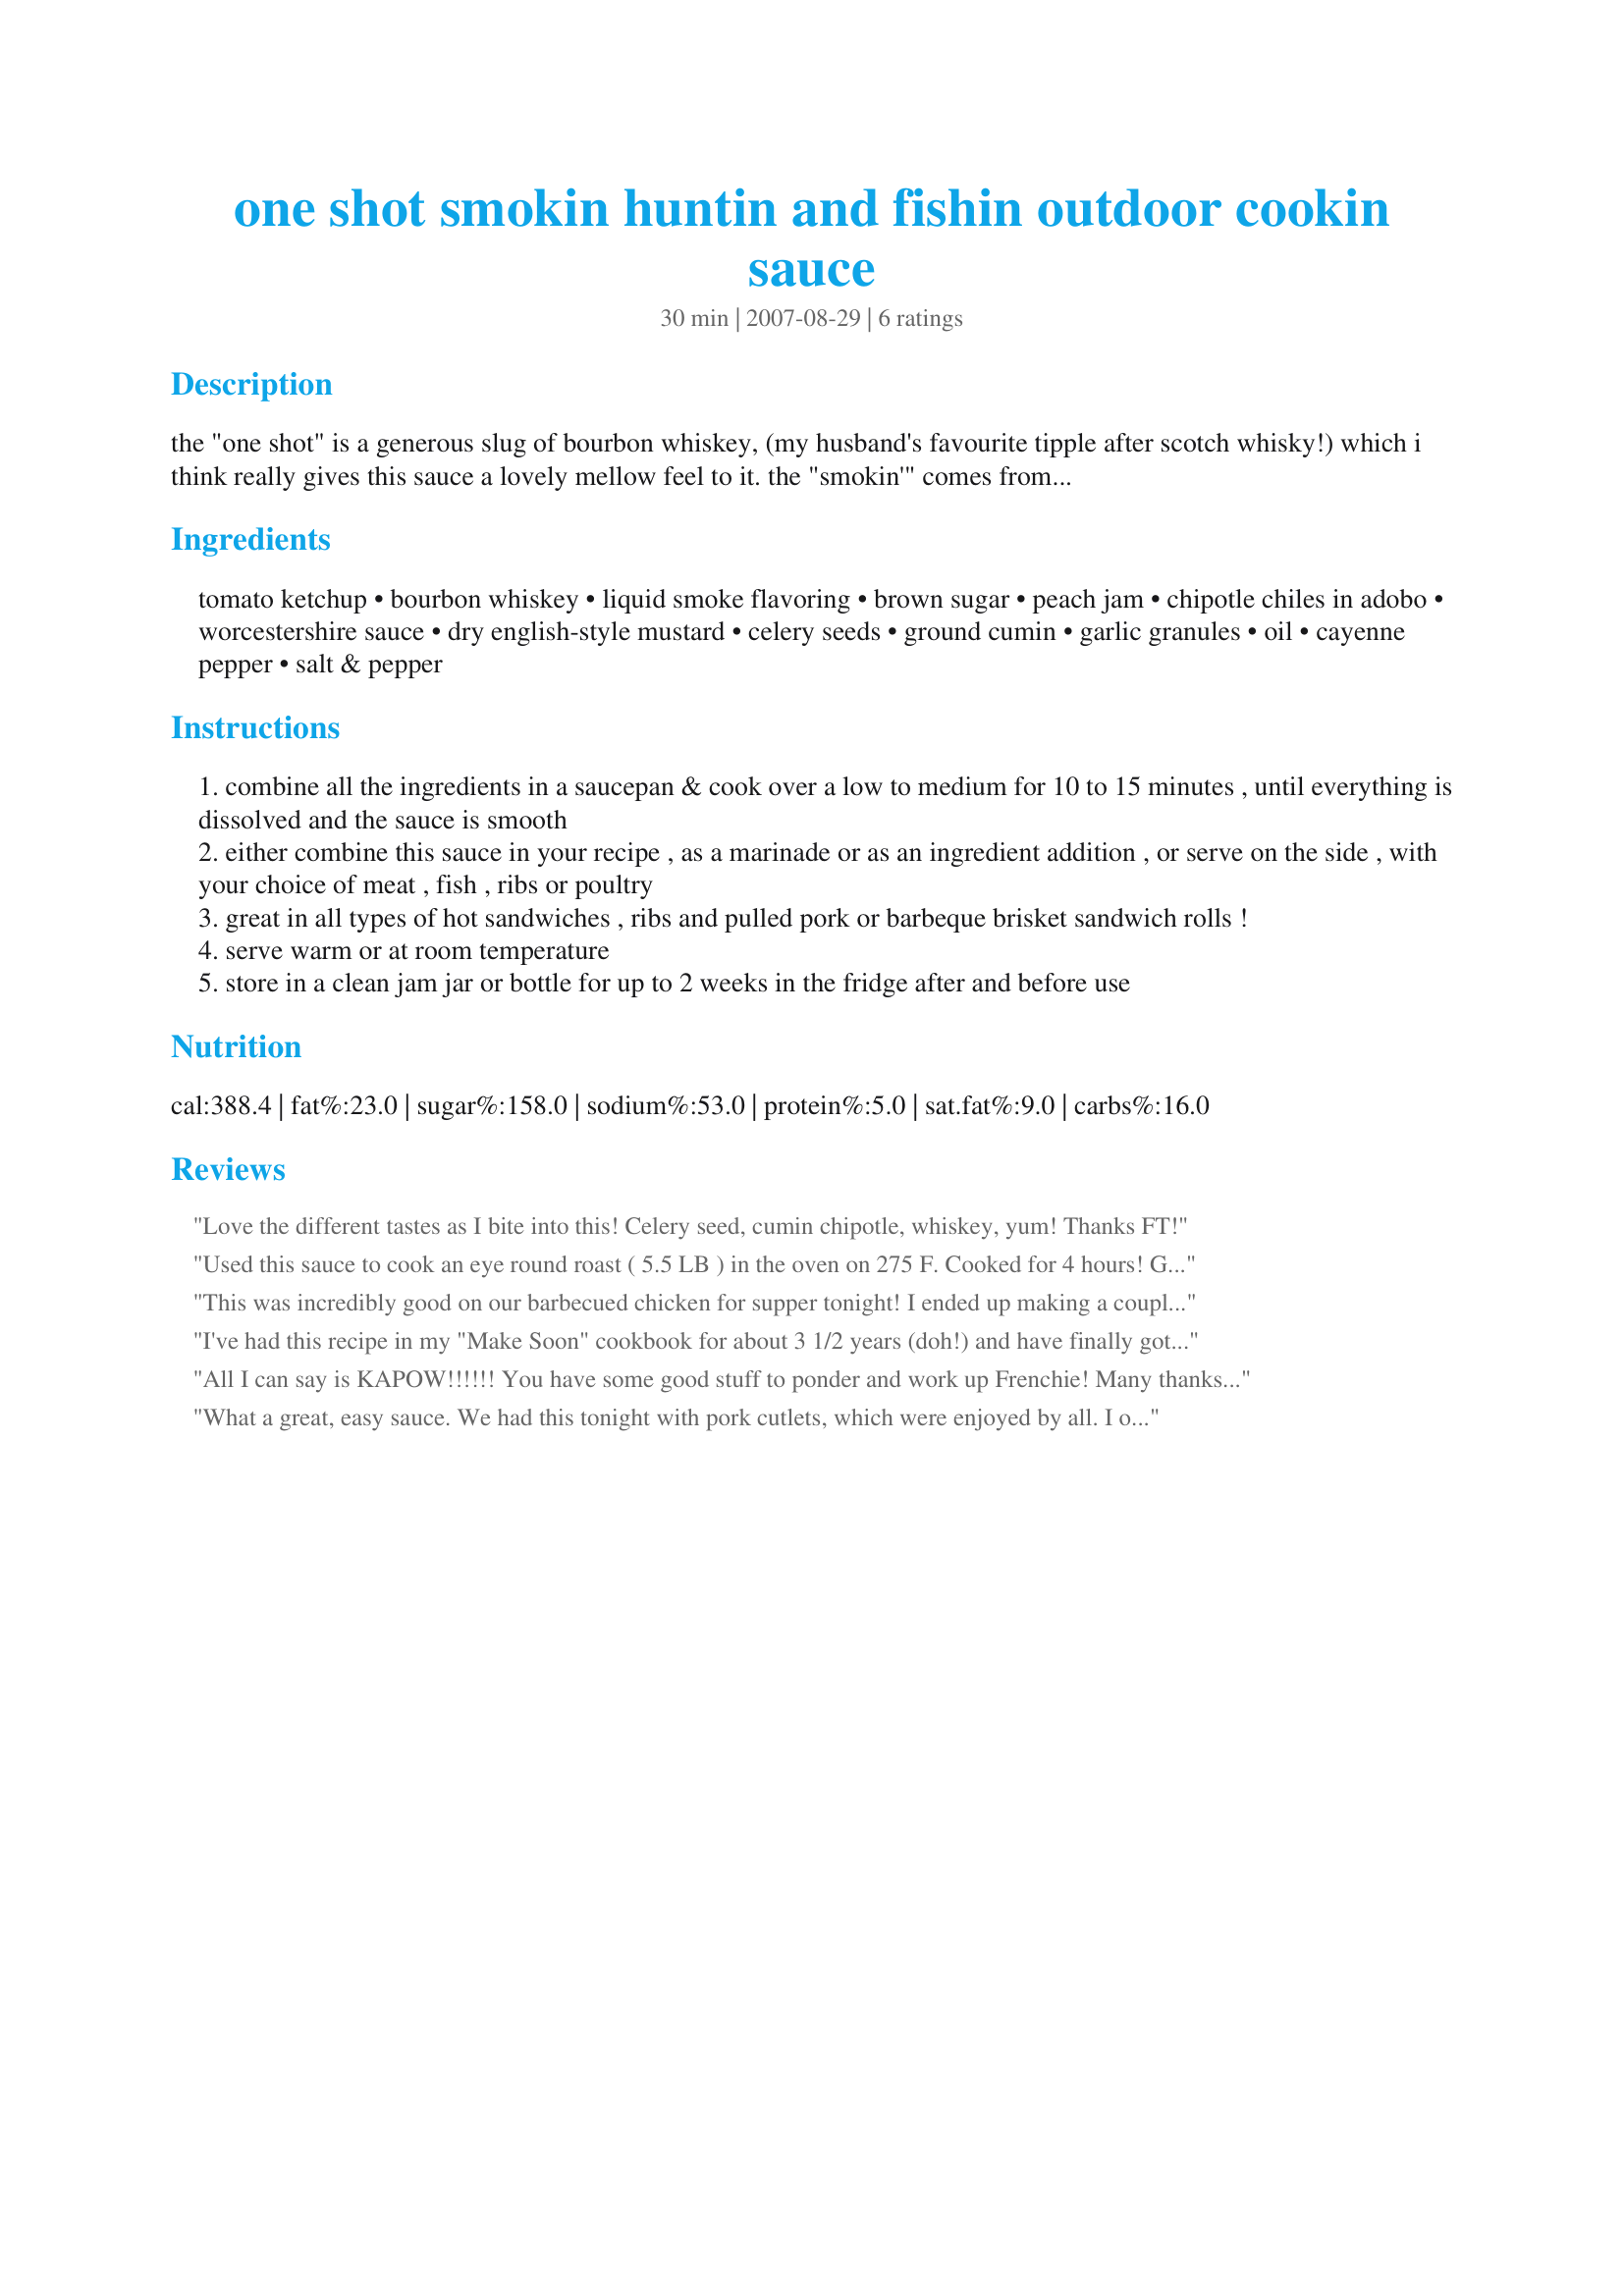
one shot smokin huntin and fishin outdoor cookin sauce
Preparation time: 30 minutes

the "one shot" is a generous slug of bourbon whiskey, (my husband's favourite tipple after scotch whisky!) which i think really gives this sauce a lovely mellow feel to it. the "smokin'" comes from the addition of liquid smoke and chipotle peppers, and the rest of the title tells you this is great if used whilst cooking meat, poultry, sausages or fish outdoors, preferably over wood or coals!
i devised this barbecue/marinade sauce some time ago, and i have decided to post it now, in order to enter the grilling and barbecue forum's bbq sauce contest! i hope you enjoy this as much as we do - happy outdoor cookin'!! n.b. quantities listed fill a large jam jar, about 20 fluid ounces - you can cut back on the ingredients to suit your requirements, but it does keep very well in the fridge.

Ingredients:
tomato ketchup, bourbon whiskey, liquid smoke flavoring, brown sugar, peach jam, chipotle chiles in adobo, worcestershire sauce, dry english-style mustard, celery seeds, ground cumin, garlic granules, oil, cayenne pepper, salt & pepper

Steps:
combine all the ingredients in a saucepan & cook over a low to medium for 10 to 15 minutes , until everything is dissolved and the sauce is smooth
either combine this sauce in your recipe , as a marinade or as an ingredient addition , or serve on the side , with your choice of meat , fish , ribs or poultry
great in all types of hot sandwiches , ribs and pulled pork or barbeque brisket sandwich rolls !
serve warm or at room temperature
store in a clean jam jar or bottle for up to 2 weeks in the fridge after and before use

Reviews:
Love the different tastes as I bite into this! Celery seed, cumin chipotle, whiskey, yum! Thanks FT!
Used this sauce to cook an eye round roast ( 5.5 LB ) in the oven on 275 F. Cooked for 4 hours! Got a real nice BBQ'd roast in return! My family really liked the sauce! They want me to try it on chicken next! Thanks FT! Another fine recipe !
update: 10/04/08
Used this recipe again replacing the bourbon with tequilla for chicken... outstanding!!!!
This was incredibly good on our barbecued chicken for supper tonight! I ended up making a couple substitutions (brandy for whiskey, apricot butter for jam), didn't have chipotle chiles, and left out the celery seeds on purpose (don't like 'em). This smelled SO good while it was simmering AND while it was baking on the chicken. One comment from the Peanut Gallery was that the sauce was "too red" however that person was ALSO the one who slathered on extra sauce at the table. Anyway! We loved it. *Made for BBQ Contest 2007*
I've had this recipe in my "Make Soon" cookbook for about 3 1/2 years (doh!) and have finally gotten around to making it...I wish I hadn't waited so long (oops)! I halved the recipe and used the smaller amounts of the chipotles and smoke. Going to use this in recipe #365938 which I'm taking to a potluck; I didn't want it to be too spicy, so I only used about 1/8 tsp of the cayenne (if I was using this on chicken or pork I would probably use the full amount). I used peach preserves and hickory smoke with Jack Daniels whiskey (what I had on hand). Thanks so much for the recipe FT!
All I can say is KAPOW!!!!!! You have some good stuff to ponder and work up Frenchie! Many thanks!
Jelly
What a great, easy sauce. We had this tonight with pork cutlets, which were enjoyed by all. I only used 3 chopotle chiles & am glad, as it wasn't overpowering. Thanks FT for sharing another winner.
